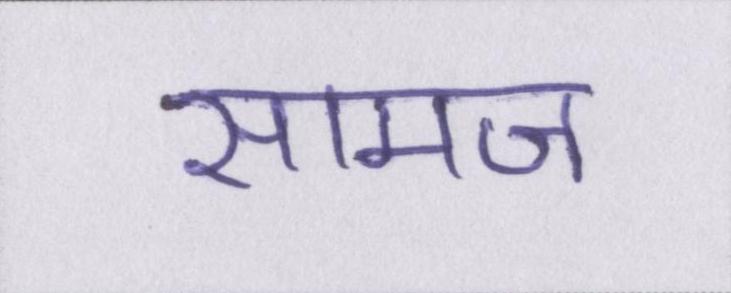
सामज